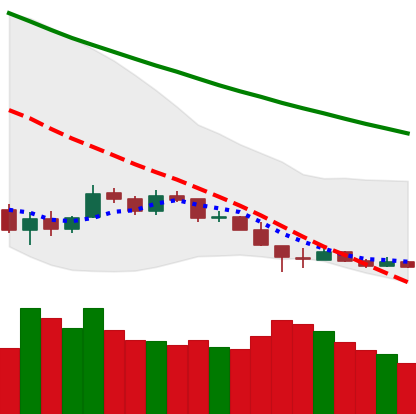
Ticker: LTC-USD
Chart end date: 2018-12-13
Forward return: 27.349%
Label: up_7plus